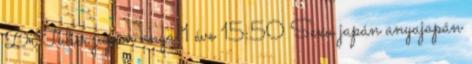
DrTuber japán anya 1 éve 15:50 Sexu japán anyajapán